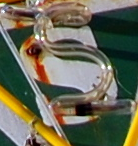
S